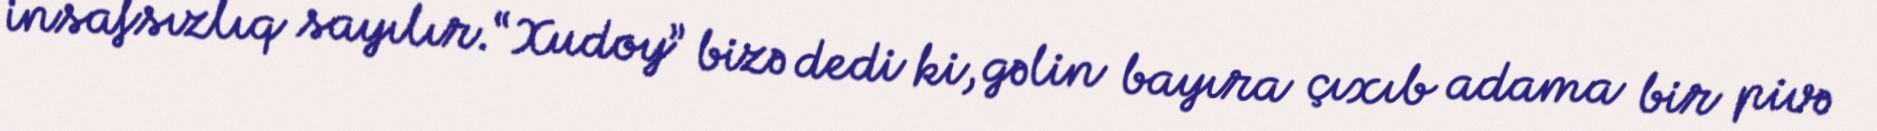
insafsızlıq sayılır.“Xudoy” bizə dedi ki, gəlin bayıra çıxıb adama bir pivə